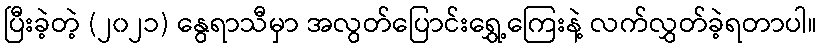
ပြီးခဲ့တဲ့ (၂၀၂၁) နွေရာသီမှာ အလွတ်ပြောင်းရွှေ့ကြေးနဲ့ လက်လွှတ်ခဲ့ရတာပါ။